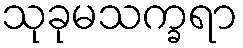
သုခုမသက္ခရာ